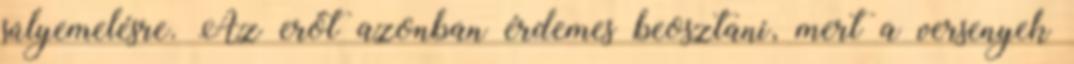
súlyemelésre. Az erőt azonban érdemes beosztani, mert a versenyek